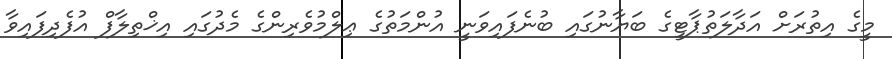
މީގެ އިތުރަށް އަދާލަތުޕާޓީގެ ބަޔާނުގައި ބުނެފައިވަނީ އުންމަތުގެ ޢިލްމުވެރިންގެ މެދުގައި އިޚްތިލާފް އުފެދިފައިވާ